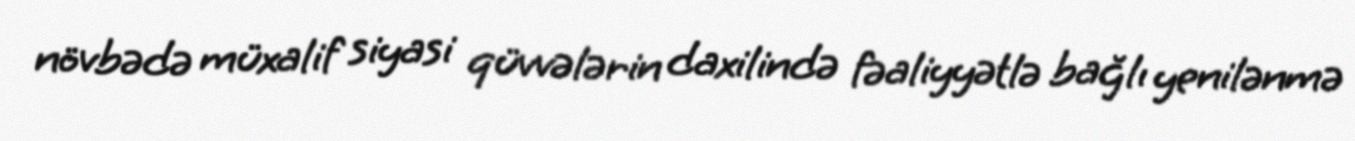
növbədə müxalif siyasi qüvvələrin daxilində fəaliyyətlə bağlı yenilənmə